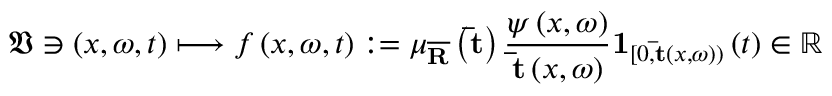
\mathfrak { V } \ni \left( x , \omega , t \right) \longmapsto f \left( x , \omega , t \right) : = \mu _ { \overline { { \mathbf { R } } } } \left( \mathbf { \bar { t } } \right) \frac { \psi \left( x , \omega \right) } { \mathbf { \bar { t } } \left( x , \omega \right) } \mathbf { 1 } _ { [ 0 , \mathbf { \bar { t } } \left( x , \omega \right) ) } \left( t \right) \in \mathbb { R }